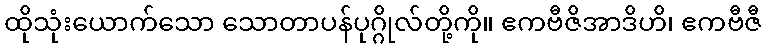
ထိုသုံးယောက်သော သောတာပန်ပုဂ္ဂိုလ်တို့ကို။ ဧကဗီဇိအာဒိဟိ၊ ဧကဗီဇီ